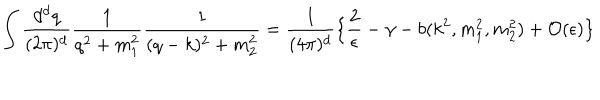
\int { \frac { d ^ { d } q } { ( 2 \pi ) ^ { d } } } { \frac { 1 } { q ^ { 2 } + m _ { 1 } ^ { 2 } } } { \frac { 1 } { ( q - k ) ^ { 2 } + m _ { 2 } ^ { 2 } } } = { \frac { 1 } { ( 4 \pi ) ^ { d } } } \big \{ { \frac { 2 } { \epsilon } } - \gamma - b ( k ^ { 2 } , m _ { 1 } ^ { 2 } , m _ { 2 } ^ { 2 } ) + { \cal O } ( \epsilon ) \big \}